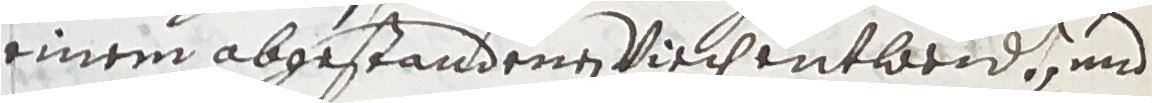
einem abgestandenen viechentlaeidt, und